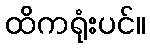
ထိကရုံးပင်။